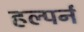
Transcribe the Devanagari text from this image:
हल्पर्न